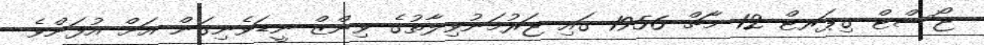
ޖޯސްޓް ގިޕަރޓް 12 މާޗް 1956 ގައި ޖަރުމަނުވިލާތުގެ ވިންޒް-ނީޑަވެނިގަން އަށް އުފަންވެ